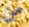
من